Tezpur Lunatic Asylum reports 1877-1894 - 1877-1894
Year: 1877
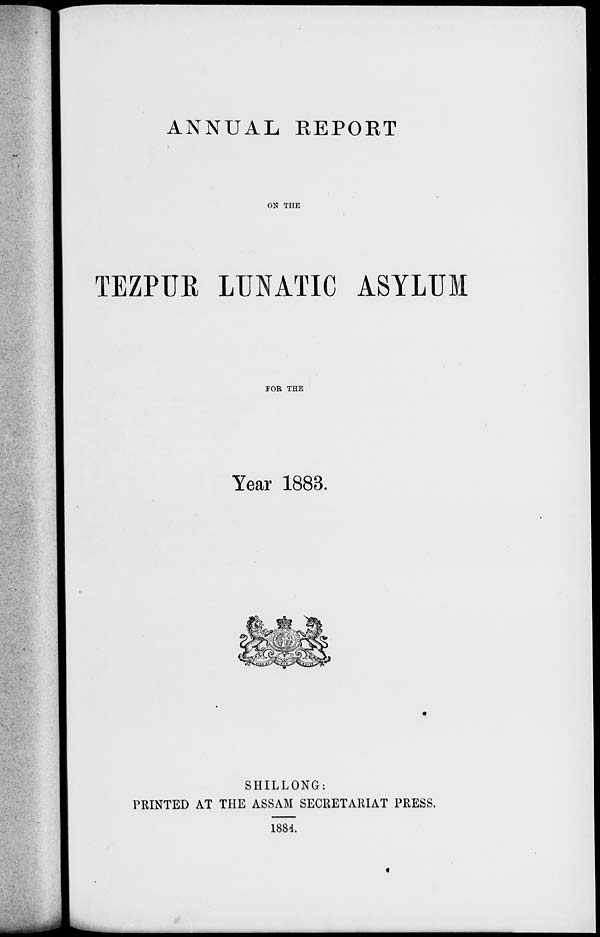
ANNUAL KEPOKT
ON THE
TEZPUK LUNATIC ASYLUM
FOR THE
Year 1883.
SHILLONG:
PRINTED AT THE ASSAM SECRETARIAT PRESS.
1881.